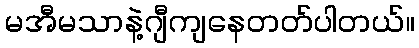
မအီမသာနဲ့ဂျီကျနေတတ်ပါတယ်။